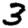
Digit: 3